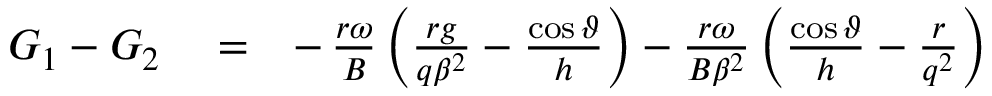
\begin{array} { r l r } { G _ { 1 } - G _ { 2 } } & { { } = } & { - \, \frac { r \omega } { B } \left( \frac { r g } { q \beta ^ { 2 } } - \frac { \cos \vartheta } { h } \right) - \frac { r \omega } { B \beta ^ { 2 } } \left( \frac { \cos \vartheta } { h } - \frac { r } { q ^ { 2 } } \right) } \end{array}